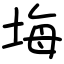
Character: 㙁